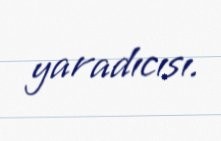
yaradıcısı.